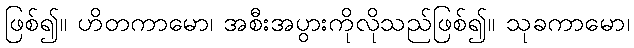
ဖြစ်၍။ ဟိတကာမော၊ အစီးအပွားကိုလိုသည်ဖြစ်၍။ သုခကာမော၊